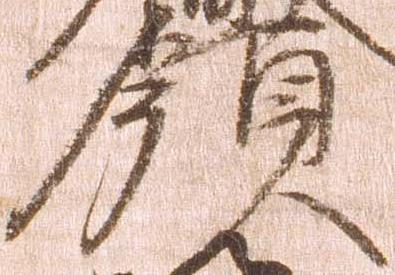
領